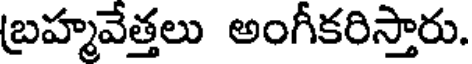
బ్రహ్మవేత్తలు అంగీకరిస్తారు.